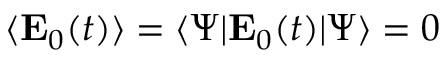
\langle \mathbf { E } _ { 0 } ( t ) \rangle = \langle \Psi | \mathbf { E } _ { 0 } ( t ) | \Psi \rangle = 0